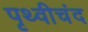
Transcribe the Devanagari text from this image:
पृथ्वीचंद